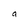
Character: a